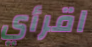
اقرأي